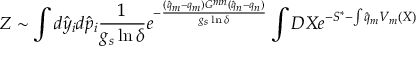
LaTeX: Z \sim \int d { \hat { y } } _ { i } d { \hat { p } } _ { i } \frac { 1 } { g _ { s } \ln \delta } e ^ { - \frac { ( { \hat { q } } _ { m } - q _ { m } ) G ^ { m n } ( { \hat { q } } _ { n } - q _ { n } ) } { g _ { s } \ln \delta } } \int D X e ^ { - S ^ { * } - \int { \hat { q } } _ { m } V _ { m } ( X ) }